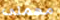
مهمتى